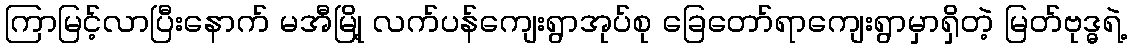
ကြာမြင့်လာပြီးနောက် မအီမြို့ လက်ပန်ကျေးရွာအုပ်စု ခြေတော်ရာကျေးရွာမှာရှိတဲ့ မြတ်ဗုဒ္ဓရဲ့